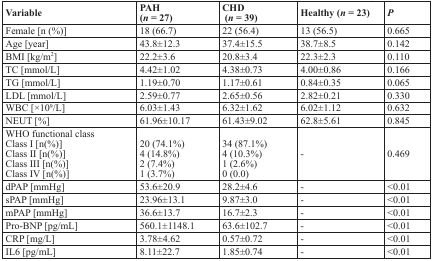
<table><thead><tr><td><b>Variable</b></td><td><b>PAH (<i>n</i> = 27)</b></td><td><b>CHD (<i>n</i> = 39)</b></td><td><b>Healthy (<i>n</i> = 23)</b></td><td><b><i>P</i></b></td></tr></thead><tbody><tr><td>Female [n (%)]</td><td>18 (66.7)</td><td>22 (56.4)</td><td>13 (56.5)</td><td>0.665</td></tr><tr><td>Age [year]</td><td>43.8±12.3</td><td>37.4±15.5</td><td>38.7±8.5</td><td>0.142</td></tr><tr><td>BMI [kg/m<sup>2</sup>]</td><td>22.2±3.6</td><td>20.8±3.4</td><td>22.3±2.3</td><td>0.110</td></tr><tr><td>TC [mmol/L]</td><td>4.42±1.02</td><td>4.38±0.73</td><td>4.00±0.86</td><td>0.166</td></tr><tr><td>TG [mmol/L]</td><td>1.19±0.70</td><td>1.17±0.61</td><td>0.84±0.35</td><td>0.065</td></tr><tr><td>LDL [mmol/L]</td><td>2.59±0.77</td><td>2.65±0.56</td><td>2.82±0.21</td><td>0.330</td></tr><tr><td>WBC [×10<sup>9</sup>/L]</td><td>6.03±1.43</td><td>6.32±1.62</td><td>6.02±1.12</td><td>0.632</td></tr><tr><td>NEUT [%]</td><td>61.96±10.17</td><td>61.43±9.02</td><td>62.8±5.61</td><td>0.845</td></tr><tr><td>WHO functional class Class I [n(%)] Class II [n(%)] Class III [n(%)] Class IV [n(%)]</td><td>20 (74.1%) 4 (14.8%) 2 (7.4%) 1 (3.7%)</td><td>34 (87.1%) 4 (10.3%) 1 (2.6%) 0 (0.0)</td><td>-</td><td>0.469</td></tr><tr><td>dPAP [mmHg]</td><td>53.6±20.9</td><td>28.2±4.6</td><td>-</td><td>&lt;0.01</td></tr><tr><td>sPAP [mmHg]</td><td>23.96±13.1</td><td>9.87±3.0</td><td>-</td><td>&lt;0.01</td></tr><tr><td>mPAP [mmHg]</td><td>36.6±13.7</td><td>16.7±2.3</td><td>-</td><td>&lt;0.01</td></tr><tr><td>Pro-BNP [pg/mL]</td><td>560.1±1148.1</td><td>63.6±102.7</td><td>-</td><td>&lt;0.01</td></tr><tr><td>CRP [mg/L]</td><td>3.78±4.62</td><td>0.57±0.72</td><td>-</td><td>&lt;0.01</td></tr><tr><td>IL6 [pg/mL]</td><td>8.11±22.7</td><td>1.85±0.74</td><td>-</td><td>&lt;0.01</td></tr></tbody></table>